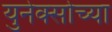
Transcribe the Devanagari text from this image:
युनेक्सोच्या